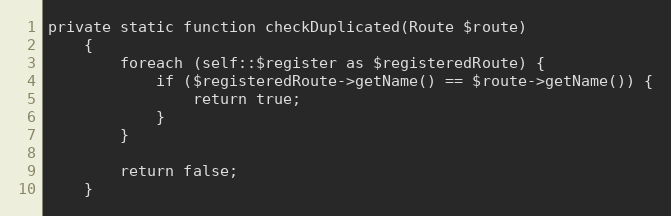
Language: PHP
private static function checkDuplicated(Route $route)
    {
        foreach (self::$register as $registeredRoute) {
            if ($registeredRoute->getName() == $route->getName()) {
                return true;
            }
        }

        return false;
    }